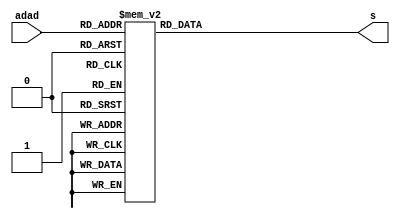
module top(s,adad);
	input[3:0] adad;
	output reg [6:0] s;
	always @ (*) begin 
		case (adad)
			0 : s = 7'b1111110;
			1 : s = 7'b1100000;
			2 : s = 7'b1011011;
			3 : s = 7'b1110011;
			4 : s = 7'b1100101;
			5 : s = 7'b0110111;
			6 : s = 7'b0111111;
			7 : s = 7'b1100010;
			8 : s = 7'b1111111;
			9 : s = 7'b1110111;
			default : s = 7'b0000000;
		endcase
	end
endmodule